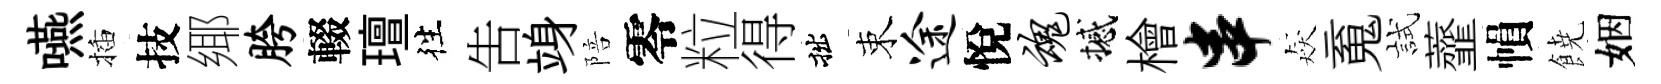
嚥插技鄊胯輟璮徃吿竧陪零粒得拙束途悅魂撼檜串猋䰟試虀𢄙𩜙姻